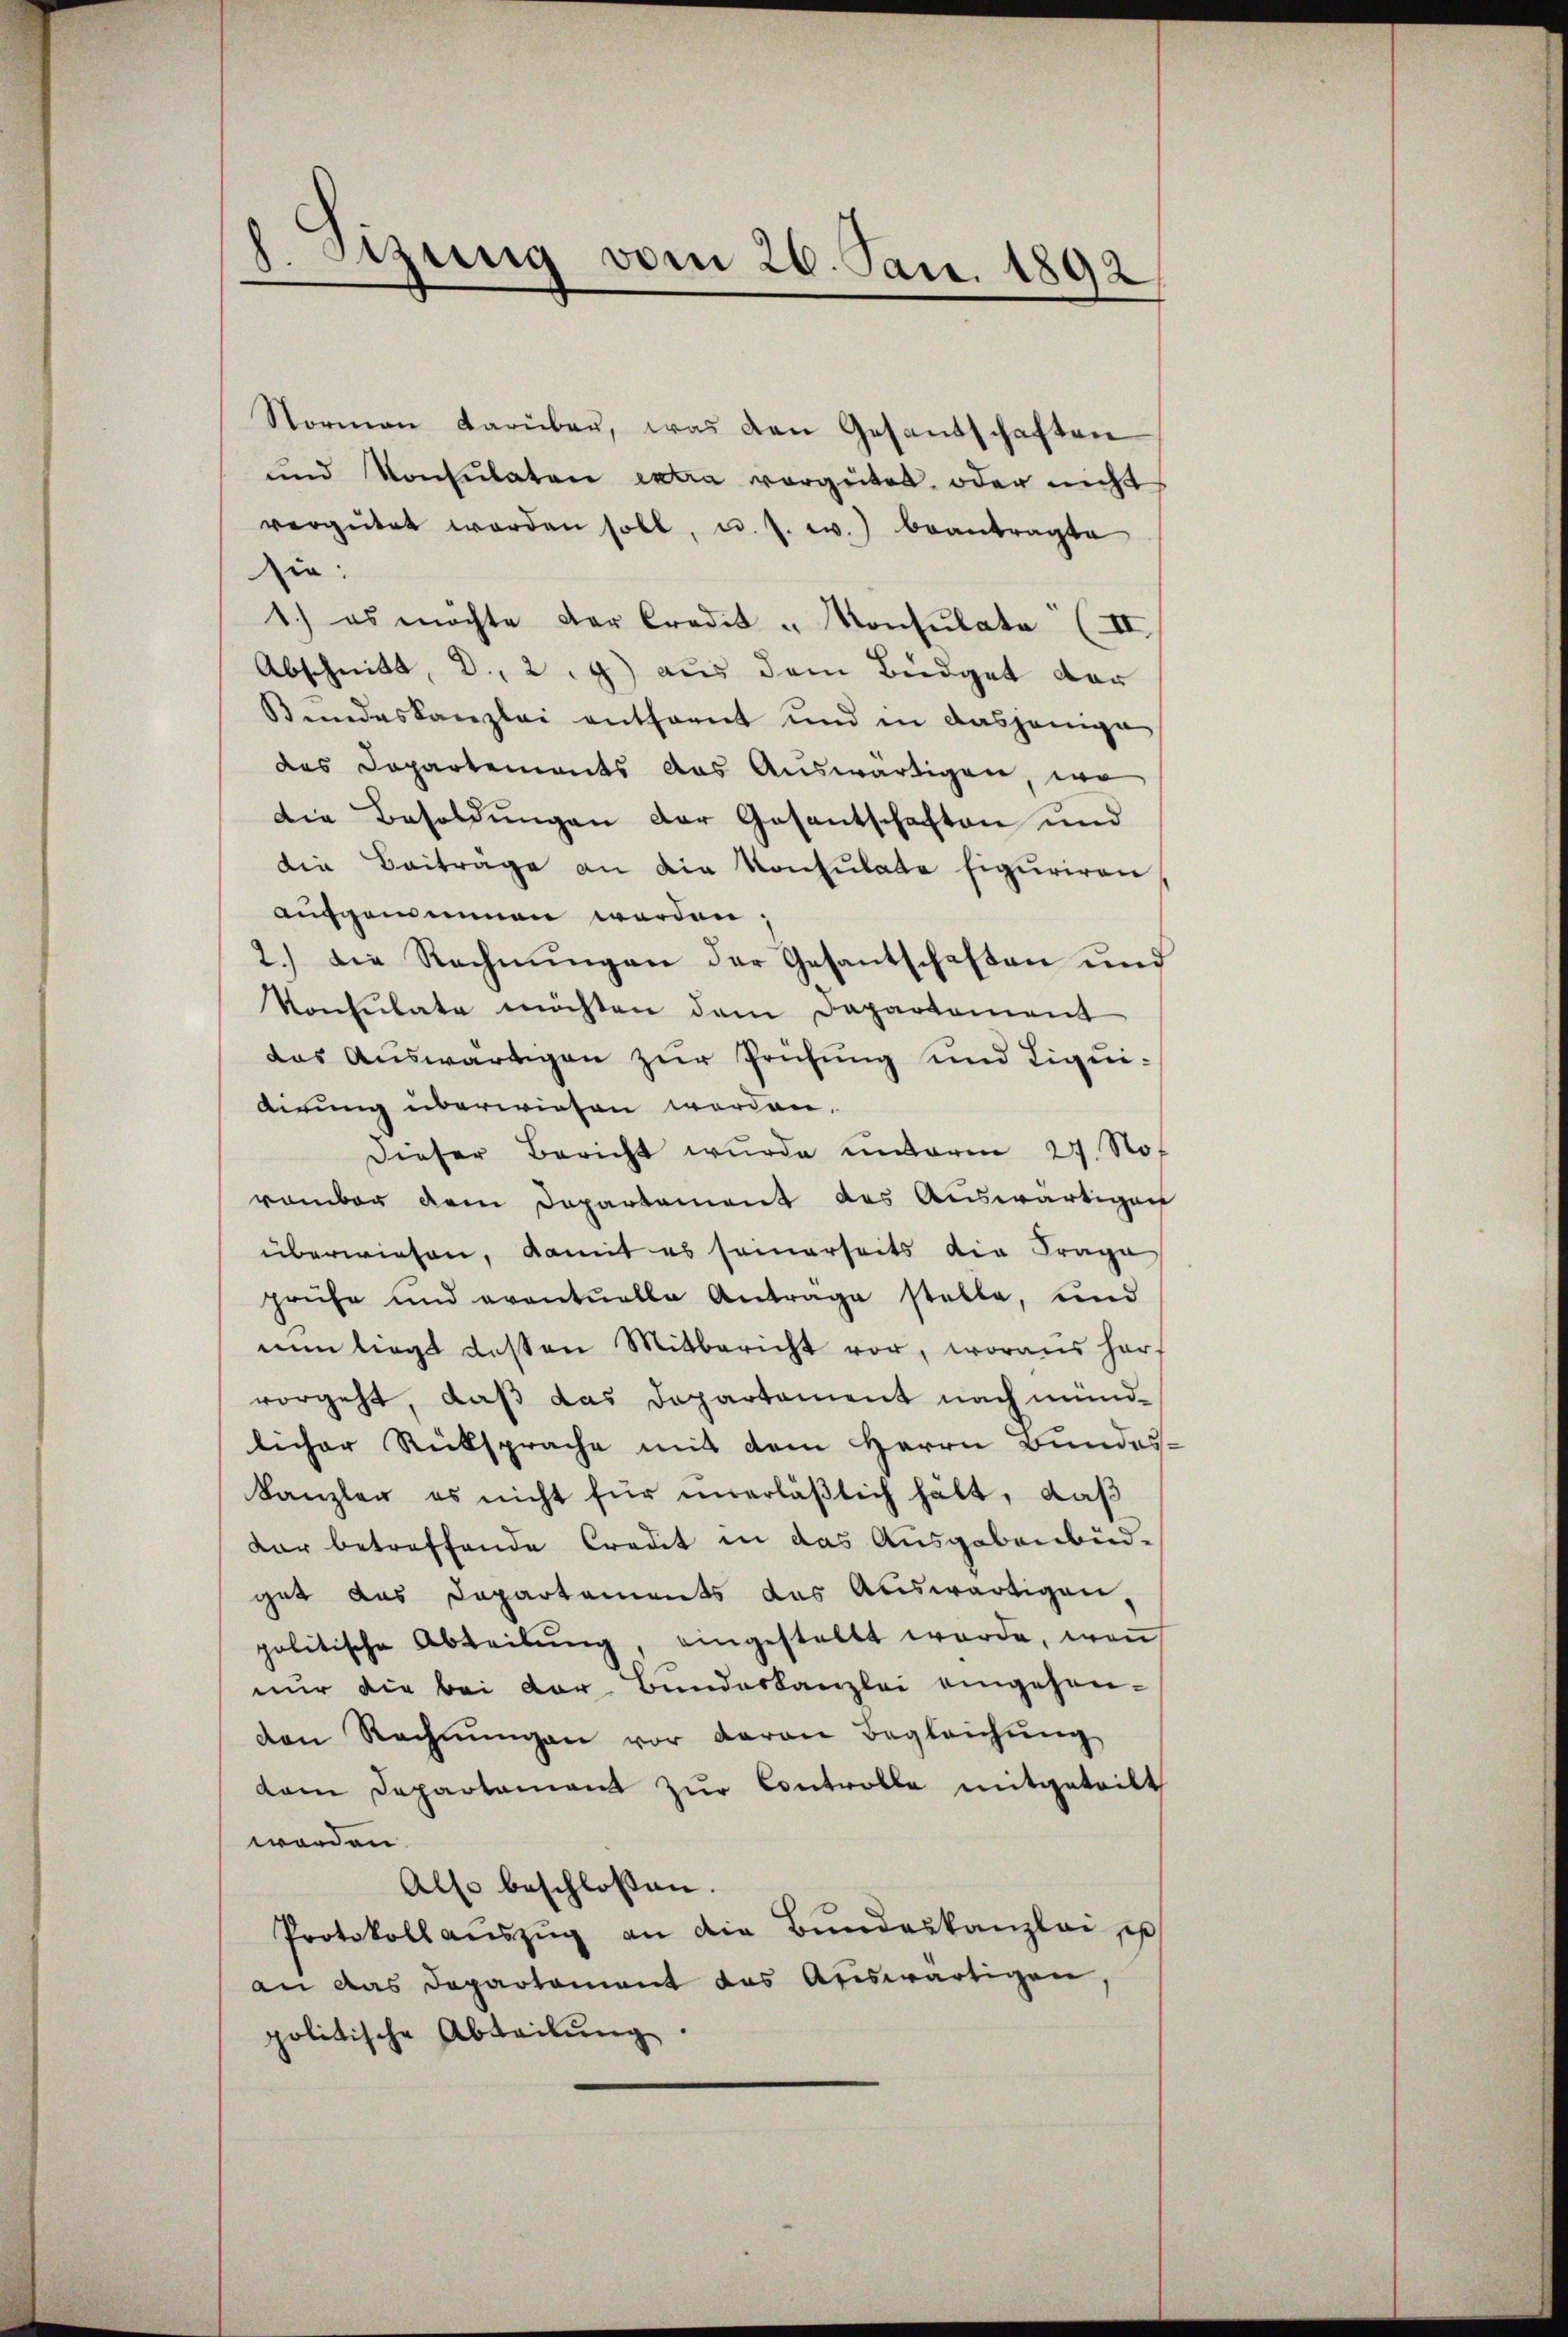
8. Sitzung vom 26. Jan. 1892

Normen darüben, was den Gesantschaften
und Konsulaten extra vergütet, oder nicht
vergütet werden soll, u. s. w.) beantragte
ie:
1.) es möchte der Credit u Konsulate (II
Abschnitt, d. 29) aus dem Büdget dar
Bundeskanzlei entfernt und in dasjenige
des Capartements das Auswärtigen, wo
Die Besoldungen der Gesantschaften und
die Beitrage an die Konsulate figuriren
aufgenommen werden;
2.) Die Rechnŭngen der Gesantschaften und
Konsulate möchten dem Departement
das Auswärtigen zur Prüfung und Liquidirung überwiesen worden.
Dieser Bericht wurde unterm 27. Not
romber dem Departement des Auswärtigen
überwiesen, damit es samerseits die Frage
prüfe und eventuelle Antrage stelle, und
nŭn liegt besten Mitbericht vor, woraus herf
vorgeht, daß das Departement nach mündlicher Rücksprache mit dem Herrn Bundes.
Kanzler es nicht für unerläßlich hält, daß
dar betreffende Credit in das Ausgabenbüdgut das Departements das Auswärtigen,
politische Abteilŭng, eingestellt werde, weṅ
nur die bei der Bundeskanzlei eingehenden Rechnŭngen vor daran Begleichŭng
dam Departament zŭr Controlle mitgeteilt
worden.
Also beschlossen.
Protokoll aŭszŭg an die Bŭndeskanzlei es
an das Departament das Auswärtigen
politische Abteilung